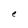
Character: e